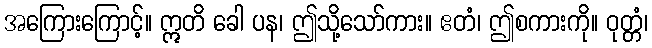
အကြေားကြောင့်။ ဣတိ ခေါ ပန၊ ဤသို့သော်ကား။ ဧတံ၊ ဤစကားကို။ ဝုတ္တံ၊